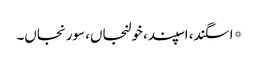
*اسگند، اسپند، خولنجاں، سورنجاں۔